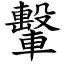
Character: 轚